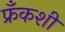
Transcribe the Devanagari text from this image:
फ्रँकशी